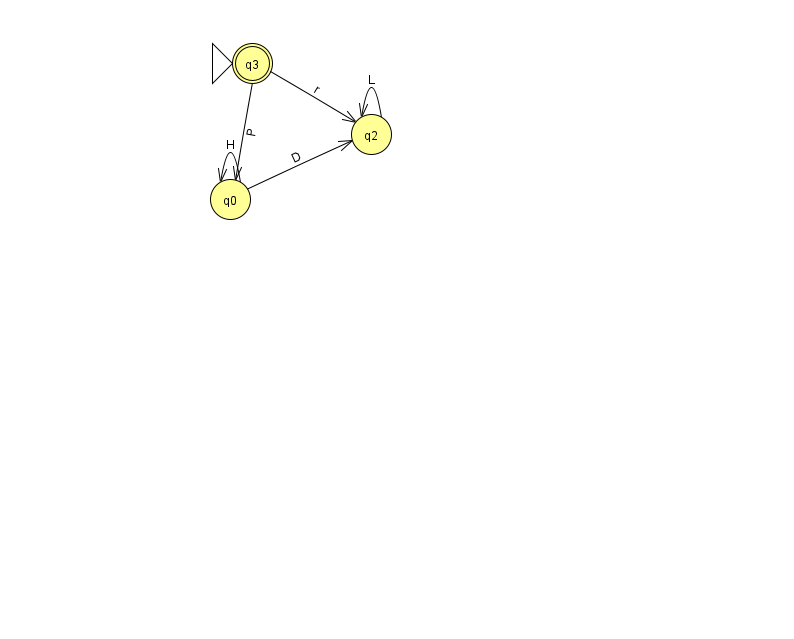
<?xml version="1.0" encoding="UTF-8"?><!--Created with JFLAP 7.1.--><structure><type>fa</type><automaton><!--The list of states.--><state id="0" name="q0"><x>230.0</x><y>186.0</y></state><state id="2" name="q2"><x>371.0</x><y>121.0</y></state><state id="3" name="q3"><x>252.0</x><y>50.0</y><initial/><final/></state><!--The list of transitions.--><transition><from>0</from><to>2</to><read>D</read></transition><transition><from>0</from><to>0</to><read>H</read></transition><transition><from>3</from><to>2</to><read>r</read></transition><transition><from>3</from><to>0</to><read>P</read></transition><transition><from>2</from><to>2</to><read>L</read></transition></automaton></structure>